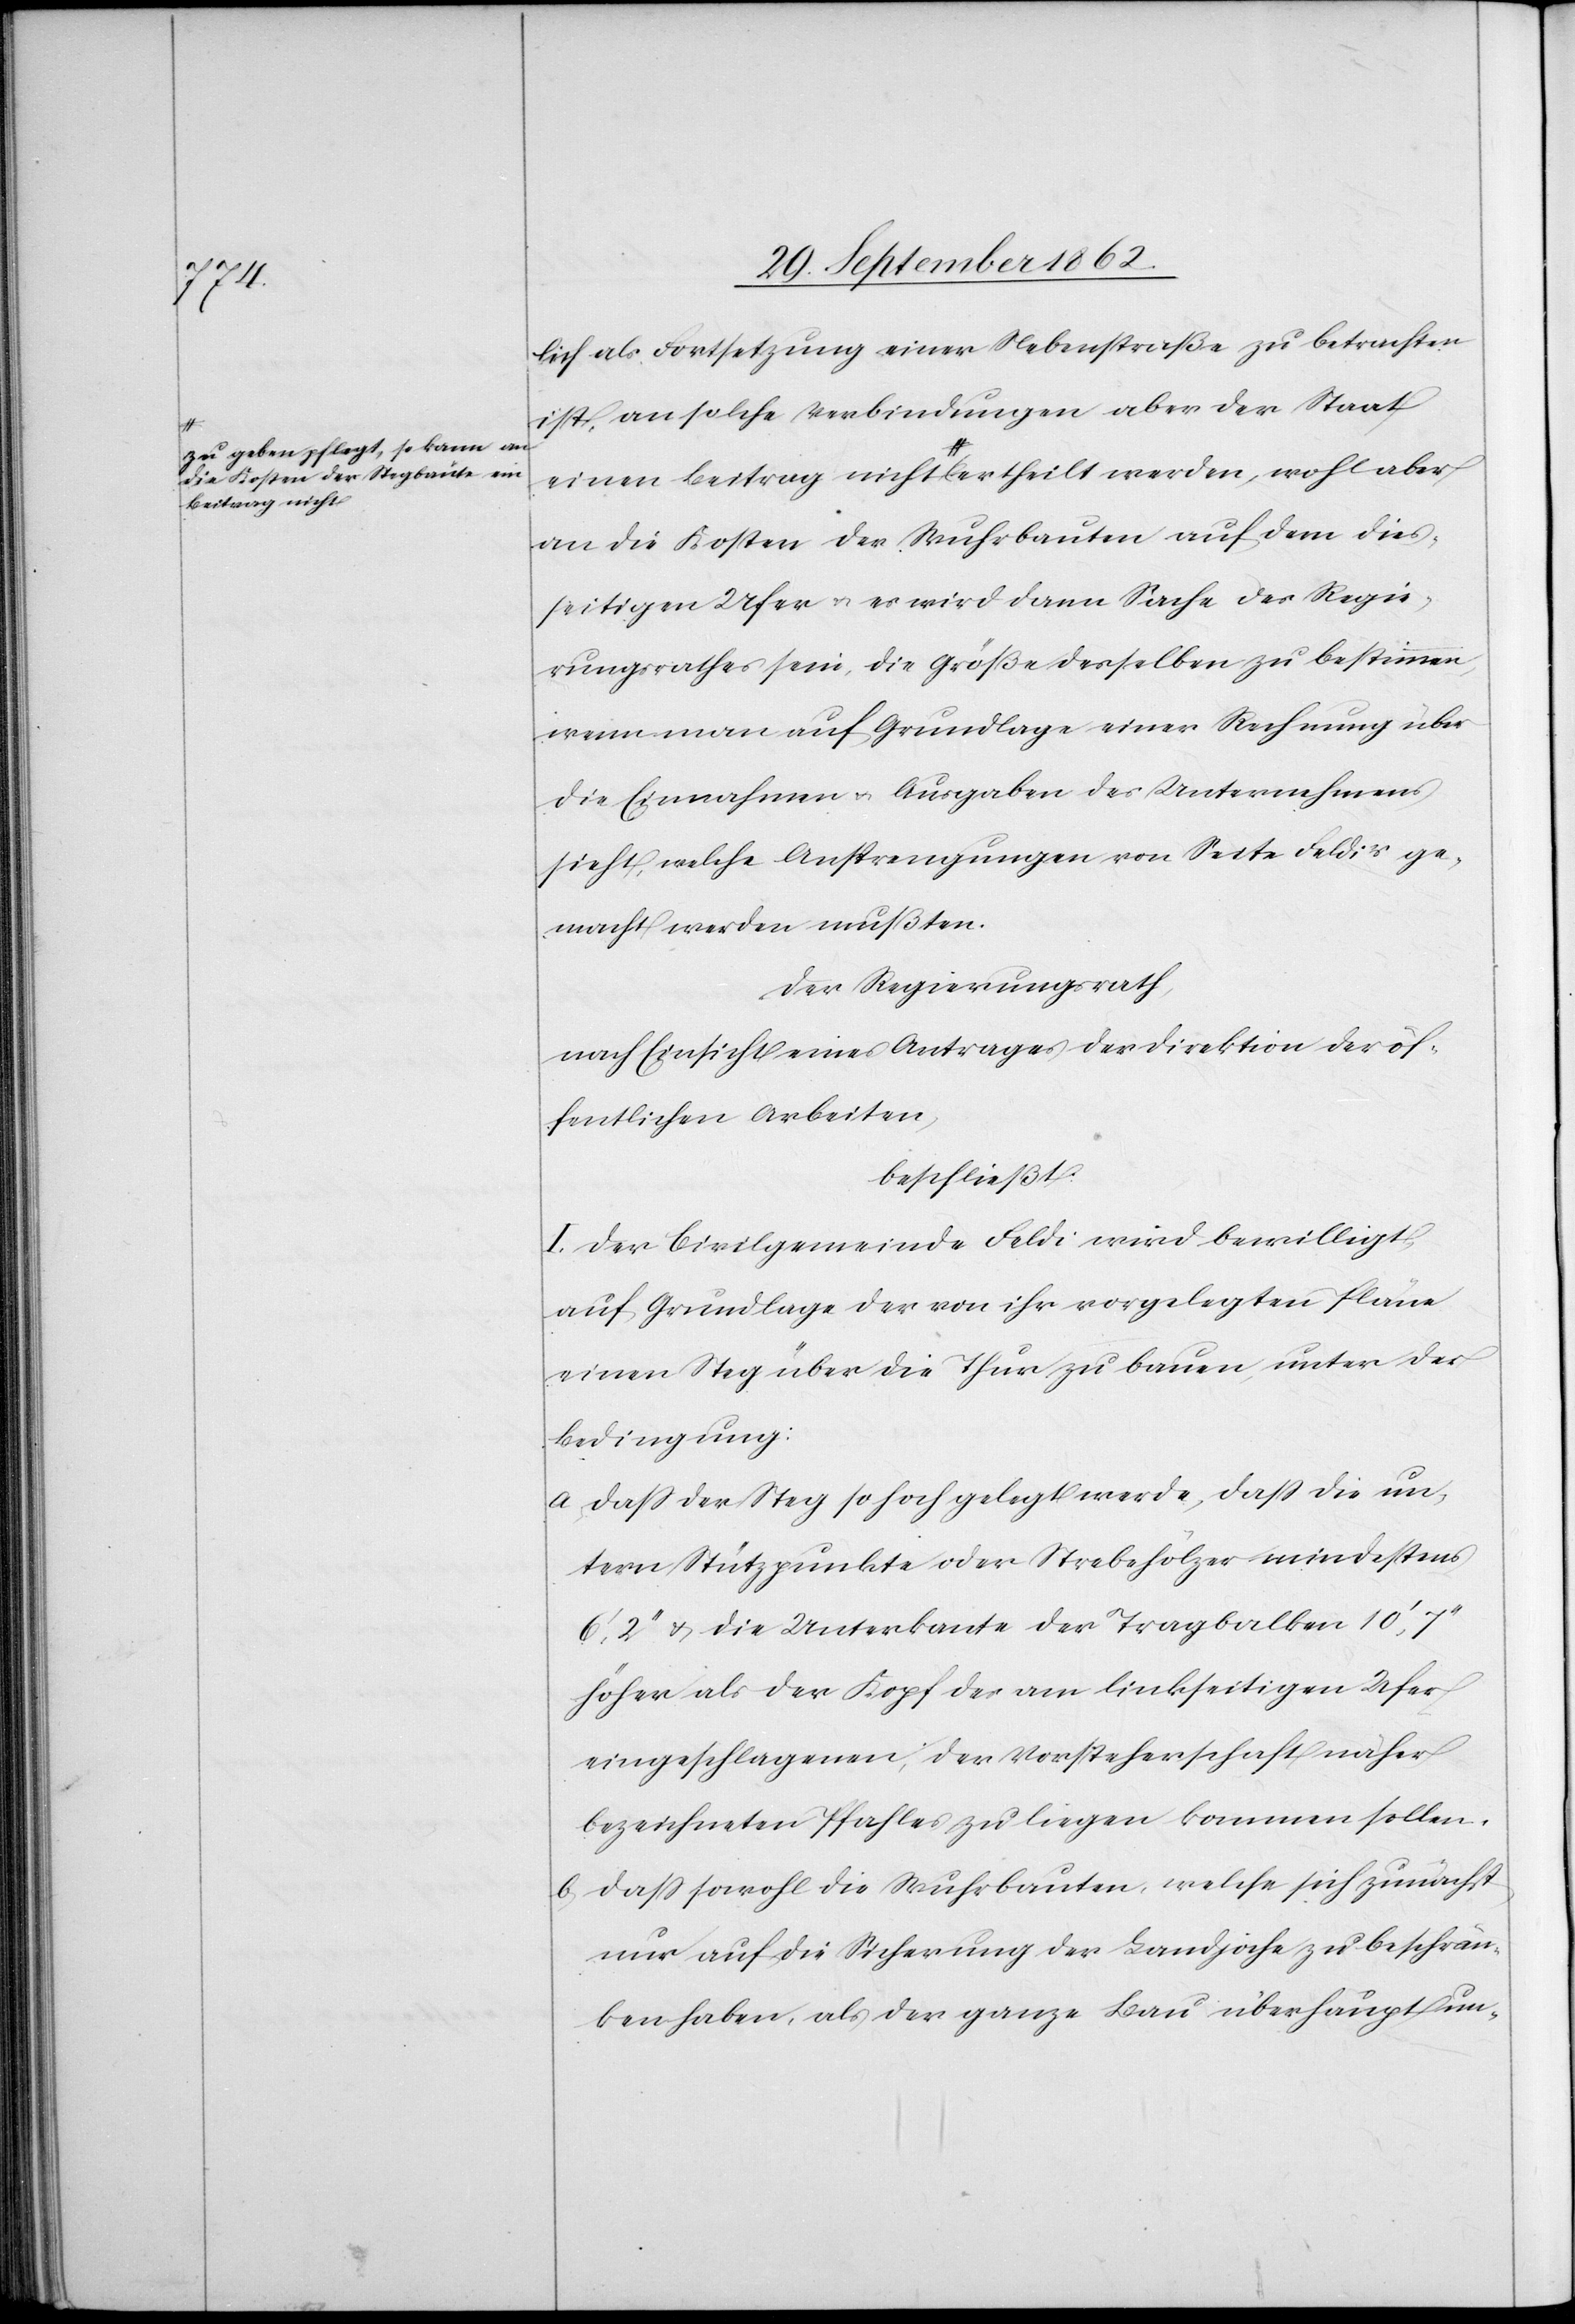
a-zu geben pflegt, so kann an
die Kosten der Stegbrücke e¬
Beitrag nicht

lich als Fortsetzung einer Nebenstraße zu betrachten
ist, an solche Verbindungen aber der Staat
in Beitrag nicht-a ertheilt werden, wohl aber
an die Kosten der Wuhrbauten auf dem dies¬
seitigen Ufer u. es wird dann Sache des Regie¬
rungsrathes sein, die Größe desselben zu bestimmen,
wenn man auf Grundlage einer Rechnung über
die Einnahmen u. Ausgaben des Unternehmens
sieht, welche Anstrengungen von Seite Feldi’s ge¬
macht werden mußten.
Der Regierungsrath,
nach Einsicht eines Antrages der Direktion der öf¬
fentlichen Arbeiten,
beschließt:
I. Der Civilgemeinde Feldi wird bewilligt,
auf Grundlage der von ihr vorgelegten Pläne
einen Steg über die Thur zu bauen, unter der
Bedingung:
a. daß der Steg so hoch gelegt werde, daß die un¬
tern Stützpunkte oder Strebehölzer mindestens
6’,2’’ u. die Unterbaute der Tragbalken 10’,7’’
höher als der Kopf des am linkseitigen Ufer
eingeschlagenen, der Vorsteherschaft näher
bezeichneten Pfahles zu liegen kommen sollen.
b. daß sowohl die Wuhrbauten, welche sich zunächst
nur auf die Sicherung der Landjoche zu beschrän¬
ken habe, als der ganzen Bau überhaupt un-